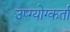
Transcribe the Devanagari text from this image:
उप्ग्योग्कर्ता